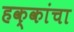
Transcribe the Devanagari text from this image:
हक्‍कांचा